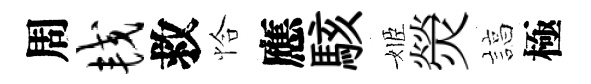
周较救恰應駭姬熒諄極